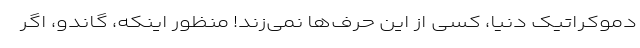
دموکراتیک دنیا، کسی از این حرف‌ها نمی‌زند! منظور اینکه، گاندو، اگر